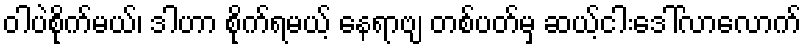
ဝါပဲစိုက်မယ်၊ ဒါဟာ စိုက်ရမယ့် နေရာဗျ တစ်ပတ်မှ ဆယ့်ငါးဒေါ်လာလောက်